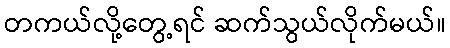
တကယ်လို့တွေ့ရင် ဆက်သွယ်လိုက်မယ်။